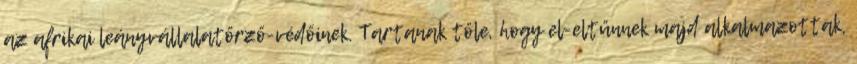
az afrikai leányvállalatőrző-védőinek. Tartanak tőle, hogy el-eltűnnek majd alkalmazottak,